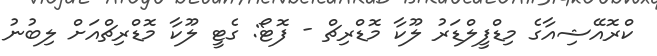
ކްރޮއޭޝިއާގެ މިޑްފީލްޑަރު ލޫކާ މޮޑްރިޗް - ފޮޓޯ: ގެޓީ ލޫކާ މޮޑްރިޗްއަށް ލިބުނު